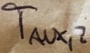
Text: TAUX,2